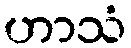
ဟာသံ